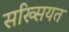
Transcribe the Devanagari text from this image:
सख्सियत